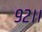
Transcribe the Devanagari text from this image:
९२।।